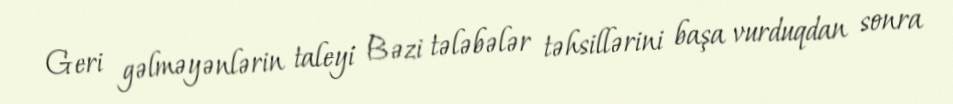
Geri gəlməyənlərin taleyi Bəzi tələbələr təhsillərini başa vurduqdan sonra